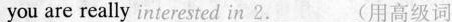
you are really interested in 2.___(用高级词